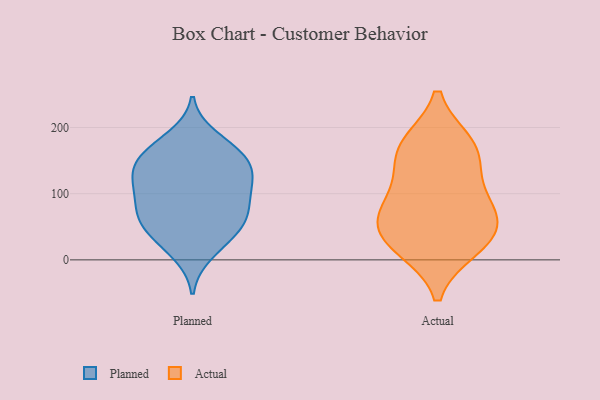
{"axis": {"x": "Revenue (USD Million)", "y": "Value"}, "legend": ["Actual", "Planned"], "data": [{"x": "", "y": 122, "type": "Planned"}, {"x": "", "y": 131, "type": "Planned"}, {"x": "", "y": 185, "type": "Planned"}, {"x": "", "y": 61, "type": "Planned"}, {"x": "", "y": 92, "type": "Planned"}, {"x": "", "y": 42, "type": "Planned"}, {"x": "", "y": 106, "type": "Planned"}, {"x": "", "y": 160, "type": "Planned"}, {"x": "", "y": 73, "type": "Planned"}, {"x": "", "y": 60, "type": "Planned"}, {"x": "", "y": 101, "type": "Planned"}, {"x": "", "y": 60, "type": "Planned"}, {"x": "", "y": 137, "type": "Planned"}, {"x": "", "y": 10, "type": "Planned"}, {"x": "", "y": 161, "type": "Planned"}, {"x": "", "y": 28, "type": "Planned"}, {"x": "", "y": 165, "type": "Planned"}, {"x": "", "y": 137, "type": "Planned"}, {"x": "", "y": 37, "type": "Actual"}, {"x": "", "y": 116, "type": "Actual"}, {"x": "", "y": 19, "type": "Actual"}, {"x": "", "y": 174, "type": "Actual"}, {"x": "", "y": 25, "type": "Actual"}, {"x": "", "y": 158, "type": "Actual"}, {"x": "", "y": 80, "type": "Actual"}, {"x": "", "y": 61, "type": "Actual"}, {"x": "", "y": 172, "type": "Actual"}, {"x": "", "y": 71, "type": "Actual"}]}